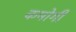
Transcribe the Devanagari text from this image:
कमोगी